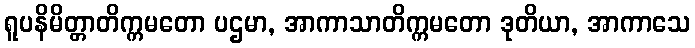
ရူပနိမိတ္တာတိက္ကမတော ပဌမာ, အာကာသာတိက္ကမတော ဒုတိယာ, အာကာသေ